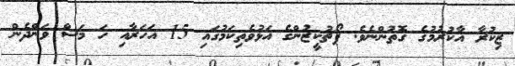
ޒިކުރާ އާކުރުމުގެ ގޮތުންނެވެ. ޕޯޗުކީޒުންގެ އަޅުވެތިކަމުގައި 15 އަހަރާއި ހަ މަސް ވަންދެން